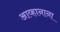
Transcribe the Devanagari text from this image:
आव्हानाना